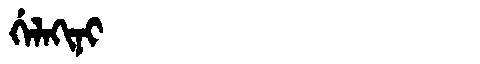
Manchu: ᡤᡝᠯᠠᡴᡳᠨᡳ
Romanization: GELAKINI